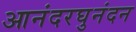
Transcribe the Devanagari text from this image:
आनंदरघुनंदन